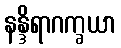
နန္ဒိရာဂက္ခယာ